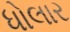
ધોલાર